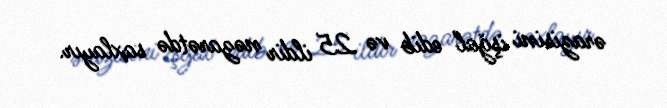
ərazisini işğal edib və 25 ildir nəzarətdə saxlayır.